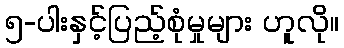
၅-ပါးနှင့်ပြည့်စုံမှုများ ဟူလို။